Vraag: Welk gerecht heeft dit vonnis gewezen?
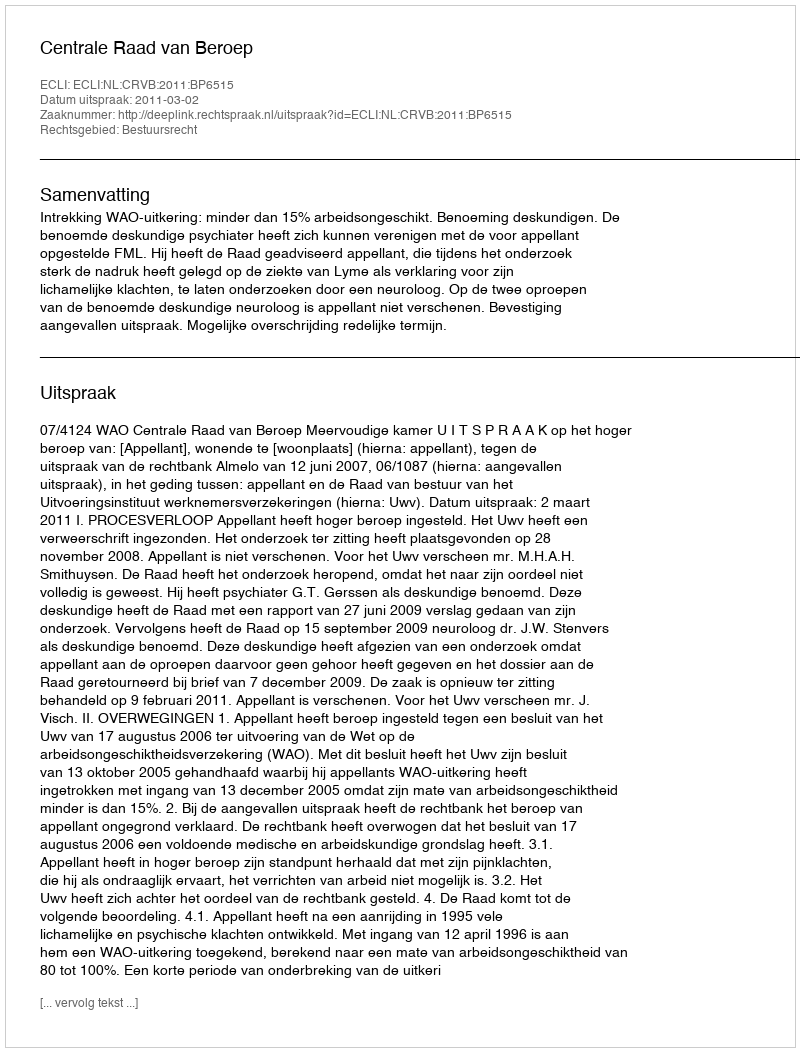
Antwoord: Centrale Raad van Beroep